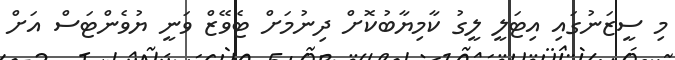
މި ސީޒަނުގައި އިޓަލީ ލީގު ކާމިޔާބުކޮށް ދިނުމަށް ޓެވޭޒް ވަނީ ޔުވެންޓަސް އަށް